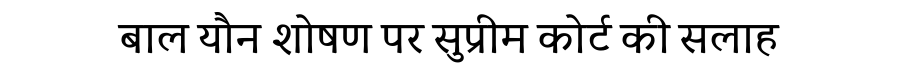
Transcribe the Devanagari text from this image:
बाल यौन शोषण पर सुप्रीम कोर्ट की सलाह